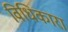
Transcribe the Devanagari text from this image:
विधिकारा